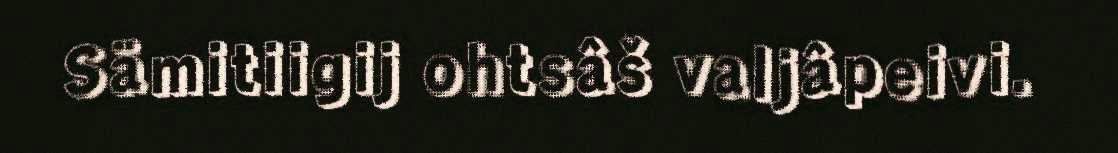
Sämitiigij ohtsâš valjâpeivi.